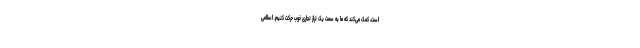
است، کمک می‌کند که ما به سمت یک تراز تجاری خوب حرکت کنیم. اسلامی